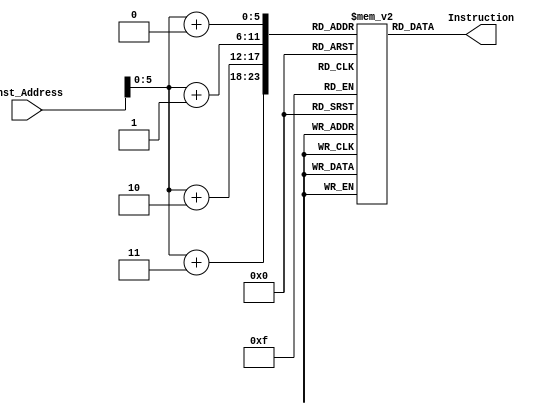




module Instruction_Memory (
  input [63:0] Inst_Address,
  output reg [31:0] Instruction
); 
  //         reg [7:0] memory [71:0];
//         initial begin
//          memory[71] = 8'b11111100;
//          memory[70] = 8'b00000101;
//          memory[69] = 8'b10011010;
//          memory[68] = 8'b11100011;

//          memory[67] = 8'b00000001;
//          memory[66] = 8'b11101010;
//          memory[65] = 8'b10100000;
//          memory[64] = 8'b00100011;

//          memory[63] = 8'b00000000;
//          memory[62] = 8'b11011011;
//          memory[61] = 8'b00100000;
//          memory[60] = 8'b00100011;

//          memory[59] = 8'b00000000;
//          memory[58] = 8'b11100000;
//          memory[57] = 8'b00001111;
//          memory[56] = 8'b00110011;

//          memory[55] = 8'b11111101;
//          memory[54] = 8'b10110101;
//          memory[53] = 8'b11010110;
//          memory[52] = 8'b11100011;

//          memory[51] = 8'b00000000;
//          memory[50] = 8'b01100000;
//          memory[49] = 8'b00000010;
//          memory[48] = 8'b10110011;

//          memory[47] = 8'b00000000;
//          memory[46] = 8'b10000011;
//          memory[45] = 8'b00000011;
//          memory[44] = 8'b00010011;

//          memory[43] = 8'b00000000;
//          memory[42] = 8'b00001101;
//          memory[41] = 8'b10001110;
//          memory[40] = 8'b00110011;

//          memory[39] = 8'b00000000;
//          memory[38] = 8'b00011101;
//          memory[37] = 8'b10001101;
//          memory[36] = 8'b10010011;

//          memory[35] = 8'b11111111;
//          memory[34] = 8'b11000101;
//          memory[33] = 8'b11010010;
//          memory[32] = 8'b11100011;

//          memory[31] = 8'b00000000;
//          memory[30] = 8'b10000010;
//          memory[29] = 8'b10000010;
//          memory[28] = 8'b10010011;

//          memory[27] = 8'b00000000;
//          memory[26] = 8'b00011110;
//          memory[25] = 8'b00001110;
//          memory[24] = 8'b00010011;

//          memory[23] = 8'b00000010;
//          memory[22] = 8'b11010111;
//          memory[21] = 8'b01010010;
//          memory[20] = 8'b01100011;

//          memory[19] = 8'b00000000;
//          memory[18] = 8'b00001011;
//          memory[17] = 8'b00100111;
//          memory[16] = 8'b00000011;

//          memory[15] = 8'b00000000;
//          memory[14] = 8'b00001010;
//          memory[13] = 8'b10100110;
//          memory[12] = 8'b10000011;

//          memory[11] = 8'b00000000;
//          memory[10] = 8'b01100101;
//          memory[9] = 8'b00001011;
//          memory[8] = 8'b00110011;

//          memory[7] = 8'b00000000;
//          memory[6] = 8'b01010101;
//          memory[5] = 8'b00001010;
//          memory[4] = 8'b10110011;

//          memory[3] = 8'b00000100;
//          memory[2] = 8'b10111101;
//          memory[1] = 8'b11010100;
//          memory[0] = 8'b01100011;

//         end
  
  //         reg [7:0] memory [71:0];
//         initial begin
//          memory[71] = 8'b11111100;
//          memory[70] = 8'b00000101;
//          memory[69] = 8'b10011010;
//          memory[68] = 8'b11100011;

//          memory[67] = 8'b00000001;
//          memory[66] = 8'b11101010;
//          memory[65] = 8'b10100000;
//          memory[64] = 8'b00100011;

//          memory[63] = 8'b00000000;
//          memory[62] = 8'b11011011;
//          memory[61] = 8'b00100000;
//          memory[60] = 8'b00100011;

//          memory[59] = 8'b00000000;
//          memory[58] = 8'b11100000;
//          memory[57] = 8'b00001111;
//          memory[56] = 8'b00110011;

//          memory[55] = 8'b11111101;
//          memory[54] = 8'b10110101;
//          memory[53] = 8'b11010110;
//          memory[52] = 8'b11100011;

//          memory[51] = 8'b00000000;
//          memory[50] = 8'b01100000;
//          memory[49] = 8'b00000010;
//          memory[48] = 8'b10110011;

//          memory[47] = 8'b00000000;
//          memory[46] = 8'b10000011;
//          memory[45] = 8'b00000011;
//          memory[44] = 8'b00010011;

//          memory[43] = 8'b00000000;
//          memory[42] = 8'b00001101;
//          memory[41] = 8'b10001110;
//          memory[40] = 8'b00110011;

//          memory[39] = 8'b00000000;
//          memory[38] = 8'b00011101;
//          memory[37] = 8'b10001101;
//          memory[36] = 8'b10010011;

//          memory[35] = 8'b11111111;
//          memory[34] = 8'b11000101;
//          memory[33] = 8'b11010010;
//          memory[32] = 8'b11100011;

//          memory[31] = 8'b00000000;
//          memory[30] = 8'b10000010;
//          memory[29] = 8'b10000010;
//          memory[28] = 8'b10010011;

//          memory[27] = 8'b00000000;
//          memory[26] = 8'b00011110;
//          memory[25] = 8'b00001110;
//          memory[24] = 8'b00010011;

//          memory[23] = 8'b00000010;
//          memory[22] = 8'b11010111;
//          memory[21] = 8'b01010010;
//          memory[20] = 8'b01100011;

//          memory[19] = 8'b00000000;
//          memory[18] = 8'b00001011;
//          memory[17] = 8'b00100111;
//          memory[16] = 8'b00000011;

//          memory[15] = 8'b00000000;
//          memory[14] = 8'b00001010;
//          memory[13] = 8'b10100110;
//          memory[12] = 8'b10000011;

//          memory[11] = 8'b00000000;
//          memory[10] = 8'b01100101;
//          memory[9] = 8'b00001011;
//          memory[8] = 8'b00110011;

//          memory[7] = 8'b00000000;
//          memory[6] = 8'b01010101;
//          memory[5] = 8'b00001010;
//          memory[4] = 8'b10110011;

//          memory[3] = 8'b00000100;
//          memory[2] = 8'b10111101;
//          memory[1] = 8'b11010100;
//          memory[0] = 8'b01100011;

//         end
  
  //         reg [7:0] memory [71:0];
//         initial begin
//          memory[71] = 8'b11111100;
//          memory[70] = 8'b00000101;
//          memory[69] = 8'b10011010;
//          memory[68] = 8'b11100011;

//          memory[67] = 8'b00000001;
//          memory[66] = 8'b11101010;
//          memory[65] = 8'b10100000;
//          memory[64] = 8'b00100011;

//          memory[63] = 8'b00000000;
//          memory[62] = 8'b11011011;
//          memory[61] = 8'b00100000;
//          memory[60] = 8'b00100011;

//          memory[59] = 8'b00000000;
//          memory[58] = 8'b11100000;
//          memory[57] = 8'b00001111;
//          memory[56] = 8'b00110011;

//          memory[55] = 8'b11111101;
//          memory[54] = 8'b10110101;
//          memory[53] = 8'b11010110;
//          memory[52] = 8'b11100011;

//          memory[51] = 8'b00000000;
//          memory[50] = 8'b01100000;
//          memory[49] = 8'b00000010;
//          memory[48] = 8'b10110011;

//          memory[47] = 8'b00000000;
//          memory[46] = 8'b10000011;
//          memory[45] = 8'b00000011;
//          memory[44] = 8'b00010011;

//          memory[43] = 8'b00000000;
//          memory[42] = 8'b00001101;
//          memory[41] = 8'b10001110;
//          memory[40] = 8'b00110011;

//          memory[39] = 8'b00000000;
//          memory[38] = 8'b00011101;
//          memory[37] = 8'b10001101;
//          memory[36] = 8'b10010011;

//          memory[35] = 8'b11111111;
//          memory[34] = 8'b11000101;
//          memory[33] = 8'b11010010;
//          memory[32] = 8'b11100011;

//          memory[31] = 8'b00000000;
//          memory[30] = 8'b10000010;
//          memory[29] = 8'b10000010;
//          memory[28] = 8'b10010011;

//          memory[27] = 8'b00000000;
//          memory[26] = 8'b00011110;
//          memory[25] = 8'b00001110;
//          memory[24] = 8'b00010011;

//          memory[23] = 8'b00000010;
//          memory[22] = 8'b11010111;
//          memory[21] = 8'b01010010;
//          memory[20] = 8'b01100011;

//          memory[19] = 8'b00000000;
//          memory[18] = 8'b00001011;
//          memory[17] = 8'b00100111;
//          memory[16] = 8'b00000011;

//          memory[15] = 8'b00000000;
//          memory[14] = 8'b00001010;
//          memory[13] = 8'b10100110;
//          memory[12] = 8'b10000011;

//          memory[11] = 8'b00000000;
//          memory[10] = 8'b01100101;
//          memory[9] = 8'b00001011;
//          memory[8] = 8'b00110011;

//          memory[7] = 8'b00000000;
//          memory[6] = 8'b01010101;
//          memory[5] = 8'b00001010;
//          memory[4] = 8'b10110011;

//          memory[3] = 8'b00000100;
//          memory[2] = 8'b10111101;
//          memory[1] = 8'b11010100;
//          memory[0] = 8'b01100011;

//         end
  
  
  //         reg [7:0] memory [71:0];
//         initial begin
//          memory[71] = 8'b11111100;
//          memory[70] = 8'b00000101;
//          memory[69] = 8'b10011010;
//          memory[68] = 8'b11100011;

//          memory[67] = 8'b00000001;
//          memory[66] = 8'b11101010;
//          memory[65] = 8'b10100000;
//          memory[64] = 8'b00100011;

//          memory[63] = 8'b00000000;
//          memory[62] = 8'b11011011;
//          memory[61] = 8'b00100000;
//          memory[60] = 8'b00100011;

//          memory[59] = 8'b00000000;
//          memory[58] = 8'b11100000;
//          memory[57] = 8'b00001111;
//          memory[56] = 8'b00110011;

//          memory[55] = 8'b11111101;
//          memory[54] = 8'b10110101;
//          memory[53] = 8'b11010110;
//          memory[52] = 8'b11100011;

//          memory[51] = 8'b00000000;
//          memory[50] = 8'b01100000;
//          memory[49] = 8'b00000010;
//          memory[48] = 8'b10110011;

//          memory[47] = 8'b00000000;
//          memory[46] = 8'b10000011;
//          memory[45] = 8'b00000011;
//          memory[44] = 8'b00010011;

//          memory[43] = 8'b00000000;
//          memory[42] = 8'b00001101;
//          memory[41] = 8'b10001110;
//          memory[40] = 8'b00110011;

//          memory[39] = 8'b00000000;
//          memory[38] = 8'b00011101;
//          memory[37] = 8'b10001101;
//          memory[36] = 8'b10010011;

//          memory[35] = 8'b11111111;
//          memory[34] = 8'b11000101;
//          memory[33] = 8'b11010010;
//          memory[32] = 8'b11100011;

//          memory[31] = 8'b00000000;
//          memory[30] = 8'b10000010;
//          memory[29] = 8'b10000010;
//          memory[28] = 8'b10010011;

//          memory[27] = 8'b00000000;
//          memory[26] = 8'b00011110;
//          memory[25] = 8'b00001110;
//          memory[24] = 8'b00010011;

//          memory[23] = 8'b00000010;
//          memory[22] = 8'b11010111;
//          memory[21] = 8'b01010010;
//          memory[20] = 8'b01100011;

//          memory[19] = 8'b00000000;
//          memory[18] = 8'b00001011;
//          memory[17] = 8'b00100111;
//          memory[16] = 8'b00000011;

//          memory[15] = 8'b00000000;
//          memory[14] = 8'b00001010;
//          memory[13] = 8'b10100110;
//          memory[12] = 8'b10000011;

//          memory[11] = 8'b00000000;
//          memory[10] = 8'b01100101;
//          memory[9] = 8'b00001011;
//          memory[8] = 8'b00110011;

//          memory[7] = 8'b00000000;
//          memory[6] = 8'b01010101;
//          memory[5] = 8'b00001010;
//          memory[4] = 8'b10110011;

//          memory[3] = 8'b00000100;
//          memory[2] = 8'b10111101;
//          memory[1] = 8'b11010100;
//          memory[0] = 8'b01100011;

//         end
        reg [7:0] memory [59:0];
        initial begin
         memory[59] = 8'b11111101;
         memory[58] = 8'b11111100;
         memory[57] = 8'b10010100;
         memory[56] = 8'b11100011;

         memory[55] = 8'b00000000;
         memory[54] = 8'b00011100;
         memory[53] = 8'b10001100;
         memory[52] = 8'b10010011;

         memory[51] = 8'b11111101;
         memory[50] = 8'b11111000;
         memory[49] = 8'b10011100;
         memory[48] = 8'b11100011;

         memory[47] = 8'b00000000;
         memory[46] = 8'b00011000;
         memory[45] = 8'b10001000;
         memory[44] = 8'b10010011;

         memory[43] = 8'b00000001;
         memory[42] = 8'b00110111;
         memory[41] = 8'b00100000;
         memory[40] = 8'b00100011;

         memory[39] = 8'b00000001;
         memory[38] = 8'b01100110;
         memory[37] = 8'b10100000;
         memory[36] = 8'b00100011;

         memory[35] = 8'b00000001;
         memory[34] = 8'b01101001;
         memory[33] = 8'b11001000;
         memory[32] = 8'b01100011;

         memory[31] = 8'b00000000;
         memory[30] = 8'b00000110;
         memory[29] = 8'b10101001;
         memory[28] = 8'b10000011;

         memory[27] = 8'b00000000;
         memory[26] = 8'b00000111;
         memory[25] = 8'b00101011;
         memory[24] = 8'b00000011;

         memory[23] = 8'b00000000;
         memory[22] = 8'b11000101;
         memory[21] = 8'b00000111;
         memory[20] = 8'b00110011;

         memory[19] = 8'b00000000;
         memory[18] = 8'b10110101;
         memory[17] = 8'b00000110;
         memory[16] = 8'b10110011;

         memory[15] = 8'b00000000;
         memory[14] = 8'b00111100;
         memory[13] = 8'b10010110;
         memory[12] = 8'b00010011;

         memory[11] = 8'b00000000;
         memory[10] = 8'b00111000;
         memory[9] = 8'b10010101;
         memory[8] = 8'b10010011;

         memory[7] = 8'b00000011;
         memory[6] = 8'b11111000;
         memory[5] = 8'b11011100;
         memory[4] = 8'b01100011;

         memory[3] = 8'b00000000;
         memory[2] = 8'b00011100;
         memory[1] = 8'b10001000;
         memory[0] = 8'b10010011;

        end
  
//         reg [7:0] memory [71:0];
//         initial begin
//          memory[71] = 8'b11111100;
//          memory[70] = 8'b00000101;
//          memory[69] = 8'b10011010;
//          memory[68] = 8'b11100011;

//          memory[67] = 8'b00000001;
//          memory[66] = 8'b11101010;
//          memory[65] = 8'b10100000;
//          memory[64] = 8'b00100011;

//          memory[63] = 8'b00000000;
//          memory[62] = 8'b11011011;
//          memory[61] = 8'b00100000;
//          memory[60] = 8'b00100011;

//          memory[59] = 8'b00000000;
//          memory[58] = 8'b11100000;
//          memory[57] = 8'b00001111;
//          memory[56] = 8'b00110011;

//          memory[55] = 8'b11111101;
//          memory[54] = 8'b10110101;
//          memory[53] = 8'b11010110;
//          memory[52] = 8'b11100011;

//          memory[51] = 8'b00000000;
//          memory[50] = 8'b01100000;
//          memory[49] = 8'b00000010;
//          memory[48] = 8'b10110011;

//          memory[47] = 8'b00000000;
//          memory[46] = 8'b10000011;
//          memory[45] = 8'b00000011;
//          memory[44] = 8'b00010011;

//          memory[43] = 8'b00000000;
//          memory[42] = 8'b00001101;
//          memory[41] = 8'b10001110;
//          memory[40] = 8'b00110011;

//          memory[39] = 8'b00000000;
//          memory[38] = 8'b00011101;
//          memory[37] = 8'b10001101;
//          memory[36] = 8'b10010011;

//          memory[35] = 8'b11111111;
//          memory[34] = 8'b11000101;
//          memory[33] = 8'b11010010;
//          memory[32] = 8'b11100011;

//          memory[31] = 8'b00000000;
//          memory[30] = 8'b10000010;
//          memory[29] = 8'b10000010;
//          memory[28] = 8'b10010011;

//          memory[27] = 8'b00000000;
//          memory[26] = 8'b00011110;
//          memory[25] = 8'b00001110;
//          memory[24] = 8'b00010011;

//          memory[23] = 8'b00000010;
//          memory[22] = 8'b11010111;
//          memory[21] = 8'b01010010;
//          memory[20] = 8'b01100011;

//          memory[19] = 8'b00000000;
//          memory[18] = 8'b00001011;
//          memory[17] = 8'b00100111;
//          memory[16] = 8'b00000011;

//          memory[15] = 8'b00000000;
//          memory[14] = 8'b00001010;
//          memory[13] = 8'b10100110;
//          memory[12] = 8'b10000011;

//          memory[11] = 8'b00000000;
//          memory[10] = 8'b01100101;
//          memory[9] = 8'b00001011;
//          memory[8] = 8'b00110011;

//          memory[7] = 8'b00000000;
//          memory[6] = 8'b01010101;
//          memory[5] = 8'b00001010;
//          memory[4] = 8'b10110011;

//          memory[3] = 8'b00000100;
//          memory[2] = 8'b10111101;
//          memory[1] = 8'b11010100;
//          memory[0] = 8'b01100011;

//         end
  
  always @(*)
    begin
      Instruction = {
        memory[Inst_Address+3],
        memory[Inst_Address+2], 
        memory[Inst_Address+1], 
        memory[Inst_Address+0] 
      };
    end
endmodule